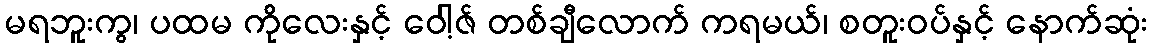
မရဘူးကွ၊ ပထမ ကိုလေးနှင့် ဝေါ့ဇ် တစ်ချီလောက် ကရမယ်၊ စတူးဝပ်နှင့် နောက်ဆုံး